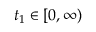
t _ { 1 } \in [ 0 , \infty )